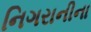
નિગરાનીના